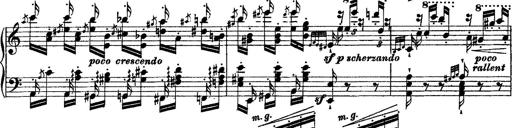
Title: Grande fantasie di bravura sur La clochette
Composer: Franz Liszt
Key: A minor